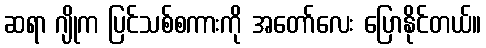
ဆရာ ဂျိုက ပြင်သစ်စကားကို အတော်လေး ပြောနိုင်တယ်။